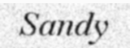
Sandy